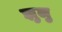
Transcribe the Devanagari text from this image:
झुलु